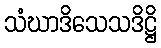
သံဃာဒိသေသဒိဋ္ဌိ